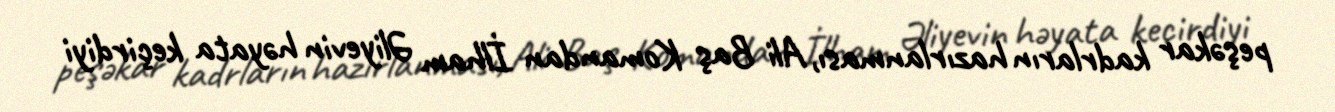
peşəkar kadrların hazırlanması, Ali Baş Komandan İlham Əliyevin həyata keçirdiyi